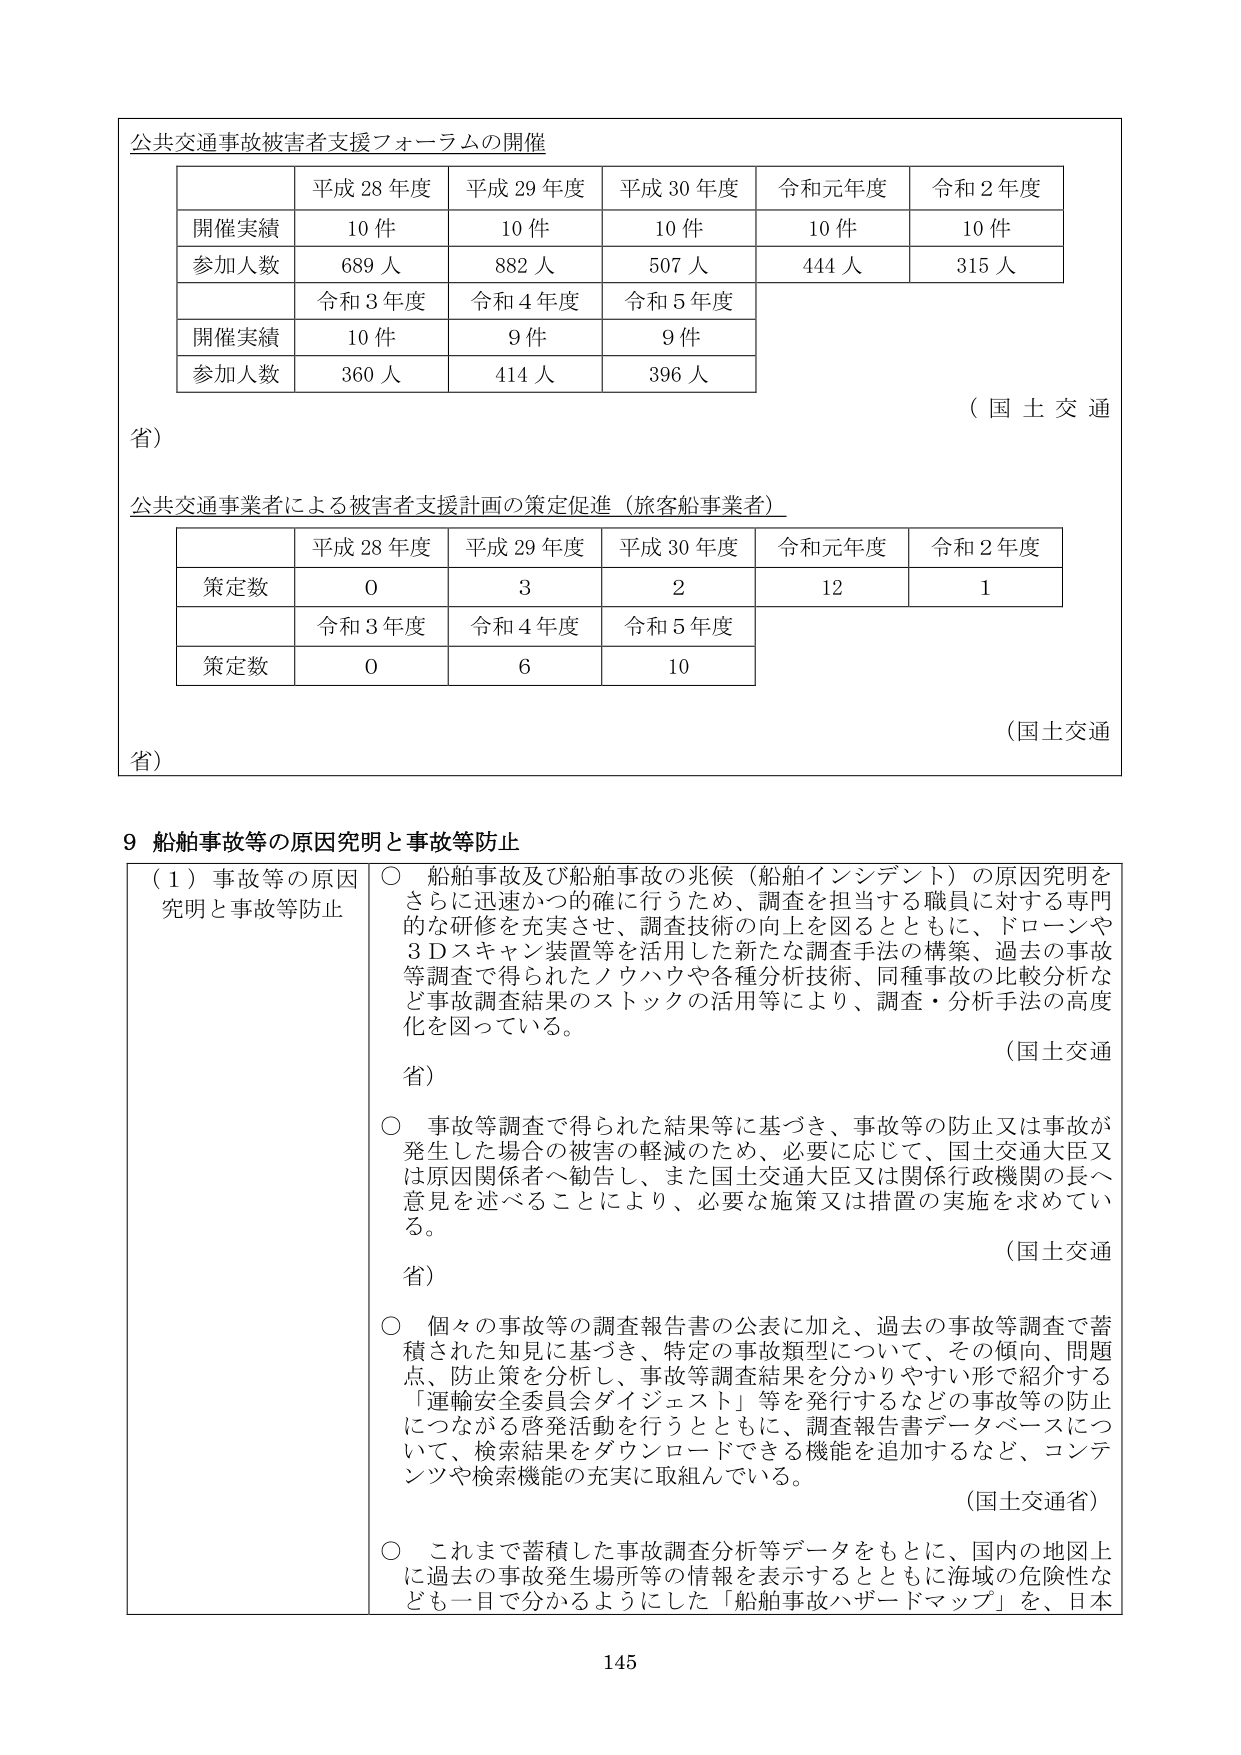
公共交通事故被害者支援フォーラムの開催

平成28年度 平成29年度 平成30年度 令和元年度 令和2年度
開催実績 10件 10件 10件 10件 10件
参加人数 689人 882人 507人 444人 315人

令和3年度 令和4年度 令和5年度
開催実績 10件 9件 9件
参加人数 360人 414人 396人

（国土交通省）

公共交通事業者による被害者支援計画の策定促進（旅客船事業者）

平成28年度 平成29年度 平成30年度 令和元年度 令和2年度
策定数 0 3 2 12 1

令和3年度 令和4年度 令和5年度
策定数 0 6 10

（国土交通省）

9 船舶事故等の原因究明と事故等防止

（1）事故等の原因究明と事故等防止

○ 船舶事故及び船舶事故の兆候（船舶インシデント）の原因究明をさらに迅速かつ的確に行うため、調査を担当する職員に対する専門的な研修を充実させ、調査技術の向上を図るとともに、ドローンや3Dスキャン装置等を活用した新たな調査手法の構築、過去の事故等調査で得られたノウハウや各種分析技術、同種事故の比較分析など事故調査結果のストックの活用等により、調査・分析手法の高度化を図っている。

（国土交通省）

○ 事故等調査で得られた結果等に基づき、事故等の防止又は事故が発生した場合の被害の軽減のため、必要に応じて、国土交通大臣又は原因関係者へ勧告し、また国土交通大臣又は関係行政機関の長へ意見を述べることにより、必要な施策又は措置の実施を求めている。

（国土交通省）

○ 個々の事故等の調査報告書の公表に加え、過去の事故等調査で蓄積された知見に基づき、特定の事故類型について、その傾向、問題点、防止策を分析し、事故等調査結果を分かりやすい形で紹介する「運輸安全委員会ダイジェスト」等を発行するなどの事故等の防止につながる啓発活動を行うとともに、調査報告書データベースについて、検索結果をダウンロードできる機能を追加するなど、コンテンツや検索機能の充実に取組んでいる。

（国土交通省）

○ これまで蓄積した事故調査分析等データをもとに、国内の地図上に過去の事故発生場所等の情報を表示するとともに海域の危険性なども一目で分かるようにした「船舶事故ハザードマップ」を、日本

145